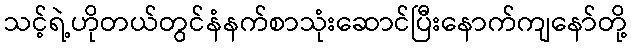
သင့်ရဲ့ဟိုတယ်တွင်နံနက်စာသုံးဆောင်ပြီးနောက်ကျနော်တို့